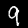
Digit: 9